Civil Veterinary Dept. Bombay admin report 1907-1913 - 1907-1913
Year: 1907
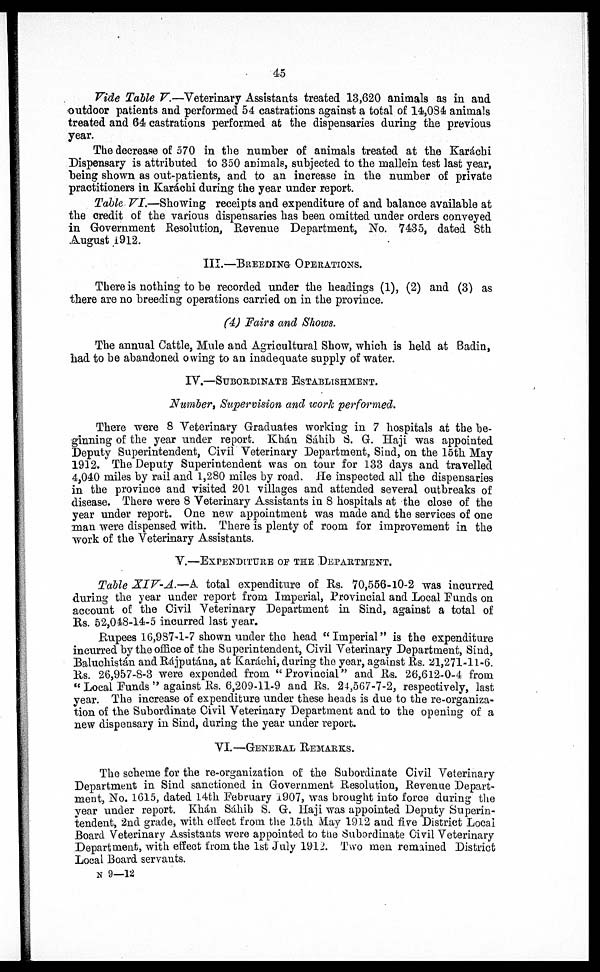
45
Vide Table V.—Veterinary Assistants treated 13,620 animals as in and
outdoor patients and performed 54 castrations against a total of 14,084 animals
treated and 64 castrations performed at the dispensaries during the previous
year.
The decrease of 570 in the number of animals treated at the Karáchi
Dispensary is attributed to 350 animals, subjected to the mallein test last year,
being shown as out-patients, and to an increase in the number of private
practitioners in Karáchi during the year under report.
Table VI.—Showing receipts and expenditure of and balance available at
the credit of the various dispensaries has been omitted under orders conveyed
in Government Resolution, Revenue Department, No. 7435, dated 8th
August 1912.
III.—BREEDING OPERATIONS.
There is nothing to be recorded under the headings (1), (2) and (3) as
there are no breeding operations carried on in the province.
(4) Fairs and Shows.
The annual Cattle, Mule and Agricultural Show, which is held at Badin,
had to be abandoned owing to an inadequate supply of water.
IV.—SUBORDINATE ESTABLISHMENT.
Number, Supervision and work performed.
There were 8 Veterinary Graduates working in 7 hospitals at the be-
g inning of the year under report. Kháu Sáhib S. G. Haji was appointed
Deputy Superintendent, Civil Veterinary Department, Sind, on the 15th May
1912. The Deputy Superintendent was on tour for 133 days and travelled
4,040 miles by rail and 1,280 miles by road. He inspected all the dispensaries
in the province and visited 201 villages and attended several outbreaks of
disease. There were 8 Veterinary Assistants in 8 hospitals at the close of the
year under report. One new appointment was made and the services of one
man were dispensed with. There is plenty of room for improvement in the
work of the Veterinary Assistants.
V.—EXPENDITURE OF THE DEPARTMENT.
Table XIV-A.—A total expenditure of Rs. 70,556-10-2 was incurred
during the year under report from Imperial, Provincial and Local Funds on
account of the Civil Veterinary Department in Sind, against a total of
Rs. 52,048-14-5 incurred last year.
Rupees 16,987-1-7 shown under the head "Imperial" is the expenditure
incurred by the office of the Superintendent, Civil Veterinary Department, Sind,
Baluchistán and Rájputána, at Karáchi, during the year, against Rs. 21,271-11-6.
Rs. 26,957-S-3 were expended from " Provincial " and Rs. 26,612-0-4 from
" Local Funds " against Rs. 6,209-11-9 and Rs. 24,567-7-2, respectively, last
year. The increase of expenditure under these heads is due to the re-organiza-
tion of the Subordinate Civil Veterinary Department and to the opening of a
new dispensary in Sind, during the year under report.
VI.—GENERAL REMARKS.
The scheme for the re-organization of the Subordinate Civil Veterinary
Department in Sind sanctioned in Government Resolution, Revenue Depart-
ment, No. 1615, dated 14th February 1907, was brought into force during the
year under report. Khán Sáhib S. G. Haji was appointed Deputy Superin-
tendent, 2nd grade, with effect from the 15th May 1912 and five District Local
Board Veterinary Assistants were appointed to the Subordinate Civil Veterinary
Department, with effect from the 1st July 1912. Two men remained District
Local Board servants.
N 9—12